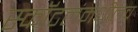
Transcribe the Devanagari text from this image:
स्कॉटलंमधीलच